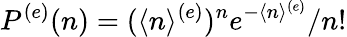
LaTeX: P^{(e)}(n)={(\langle n\rangle^{(e)})^{n}}e^{-\langle n\rangle^{(e)}}/{n!}